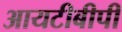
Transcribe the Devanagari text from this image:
आयटीबीपी